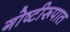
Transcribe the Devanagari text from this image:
गोष्टीरूपात